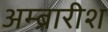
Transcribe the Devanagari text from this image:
अम्ब्रारीश